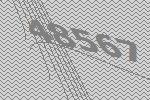
48567